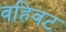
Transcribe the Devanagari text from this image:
वहिवट